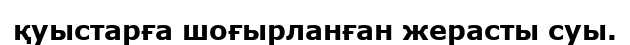
қуыстарға шоғырланған жерасты суы.